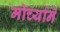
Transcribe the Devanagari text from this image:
मोर्च्याने